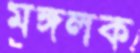
মঙ্গলক